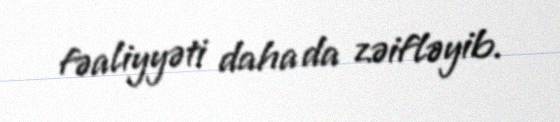
fəaliyyəti daha da zəifləyib.